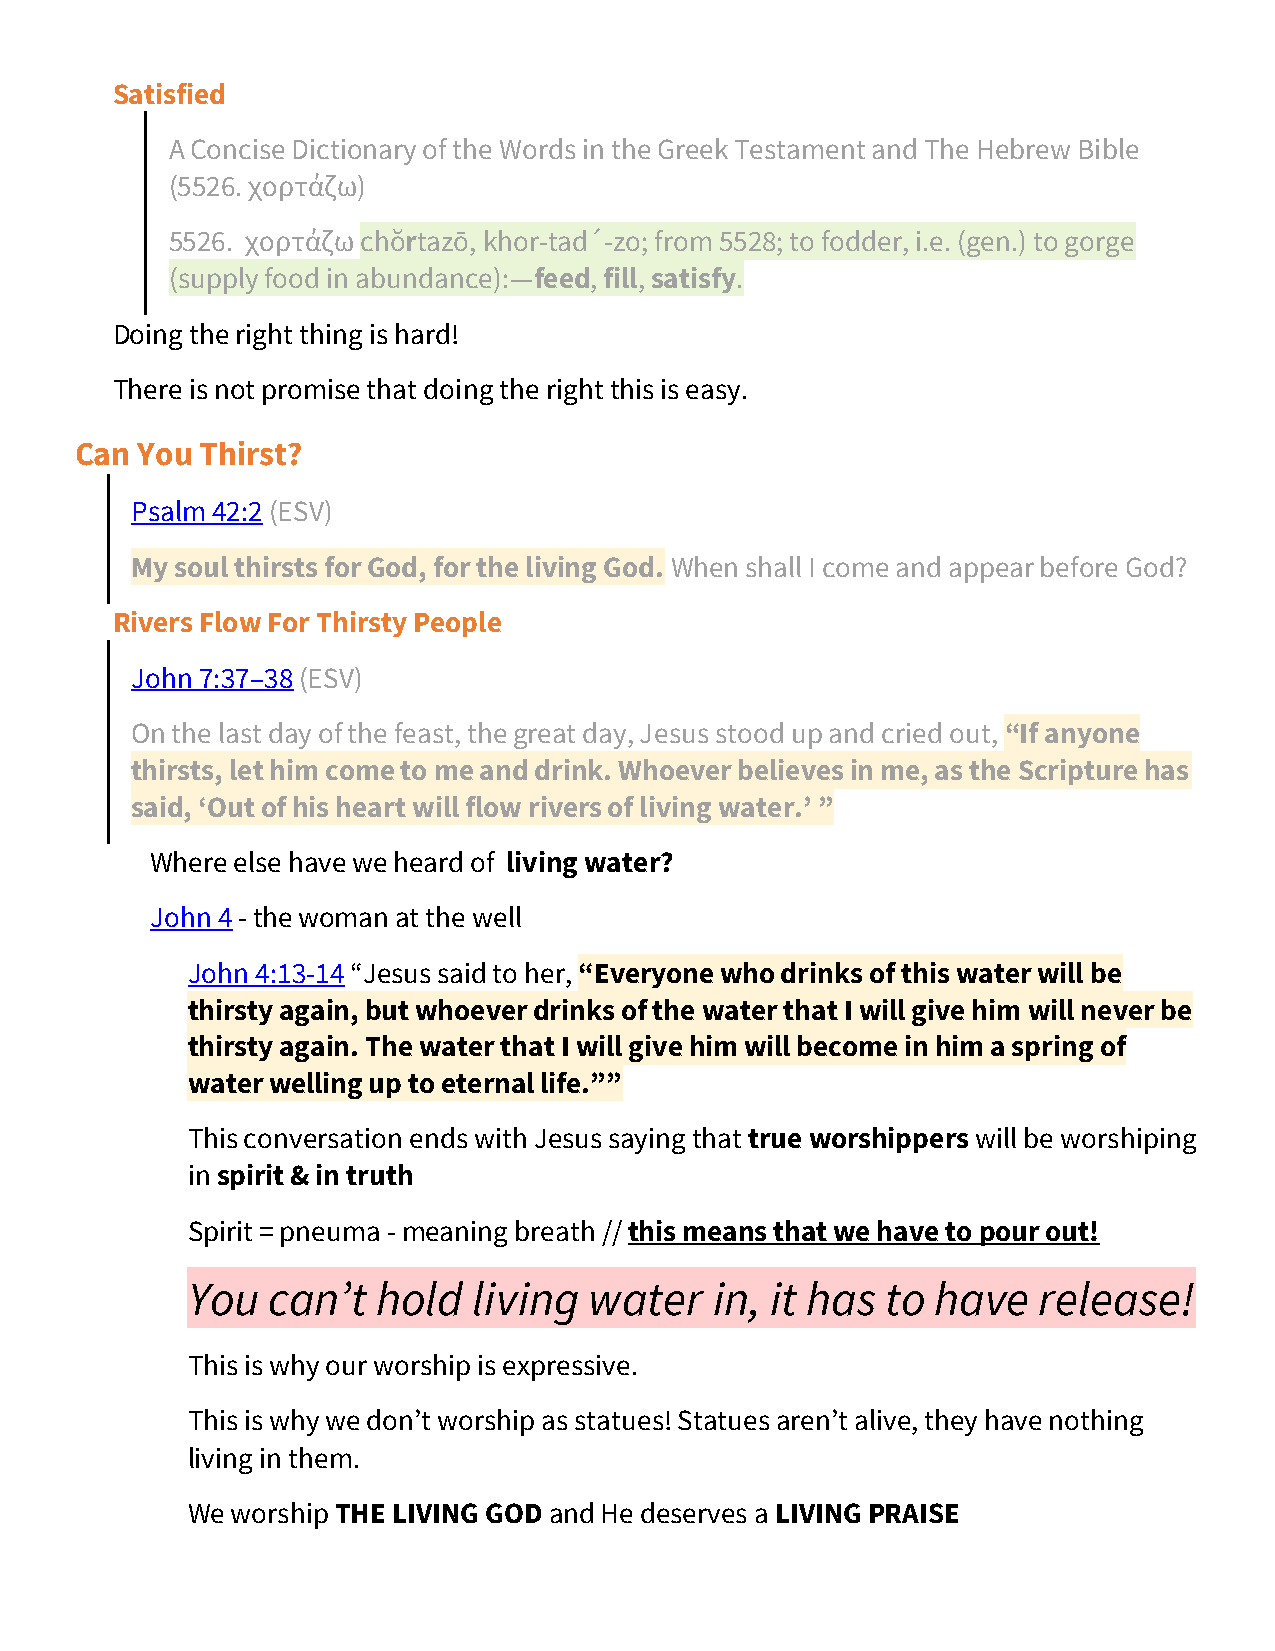
Satisfied
 A Concise Dictionary of the Words in the Greek Testament and The Hebrew Bible
 (5526. χορτάζω)
 5526. χορτάζω chŏrtazō, khor-tad´-zo; from 5528; to fodder, i.e. (gen.) to gorge
 (supply food in abundance):—feed, fill, satisfy.
 Doing the right thing is hard!
 There is not promise that doing the right this is easy.
 Can You Thirst?
 Psalm 42:2 (ESV)
 My soul thirsts for God, for the living God. When shall I come and appear before God?
 Rivers Flow For Thirsty People
 John 7:37–38 (ESV)
 On the last day of the feast, the great day, Jesus stood up and cried out, “If anyone
 thirsts, let him come to me and drink. Whoever believes in me, as the Scripture has
 said, ‘Out of his heart will flow rivers of living water.’ ”
 Where else have we heard of living water?
 John 4 - the woman at the well
 John 4:13-14 “Jesus said to her, “Everyone who drinks of this water will be
 thirsty again, but whoever drinks of the water that I will give him will never be
 thirsty again. The water that I will give him will become in him a spring of
 water welling up to eternal life.””
 This conversation ends with Jesus saying that true worshippers will be worshiping
 in spirit & in truth
 Spirit = pneuma - meaning breath // this means that we have to pour out!
 You   can’t  hold  living  water   in, it has  to have   release!
 This is why our worship is expressive.
 This is why we don’t worship as statues! Statues aren’t alive, they have nothing
 living in them.
 We worship THE LIVING GOD and He deserves a LIVING PRAISE